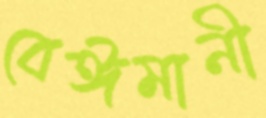
বেঈমানী